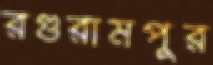
রগুরামপুর